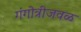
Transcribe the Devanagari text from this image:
गंगोत्रीजवळ